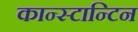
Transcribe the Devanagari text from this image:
कान्स्टान्टिन